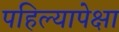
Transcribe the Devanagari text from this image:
पहिल्यापेक्षा